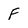
Character: F